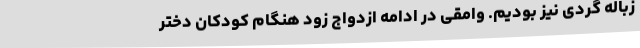
زباله گردی نیز بودیم. وامقی در ادامه ازدواج زود هنگام کودکان دختر